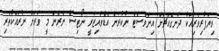
ވިޔަފާރިވެރިއަކު ދަނގެއްޗަށް އިންވެސްޓް ނުކުރަން އެޑްވައިޒަރީ ނޯޓިސް ނެރެން މީ ވަރަށް ނުރައްކާތެރި